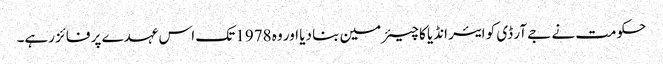
حکومت نے جے آر ڈی کو ایئر انڈیا کا چیئرمین بنا دیا اور وہ 1978 تک اس عہدے پر فائز رہے۔